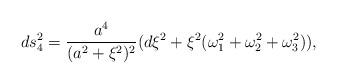
LaTeX: \begin{align*}ds_4^2 = \frac {a^4}{(a^2 + \xi^2)^2} ( d \xi^2 + \xi^2 (\omega_1^2 + \omega_2^2 + \omega_3^2)),\end{align*}